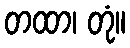
တထာ၊ တုံ။